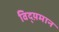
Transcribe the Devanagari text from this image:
विद्य़मान